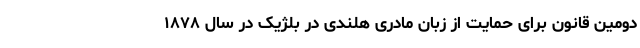
دومین قانون برای حمایت از زبان مادریِ هلندی در بلژیک در سال ۱۸۷۸